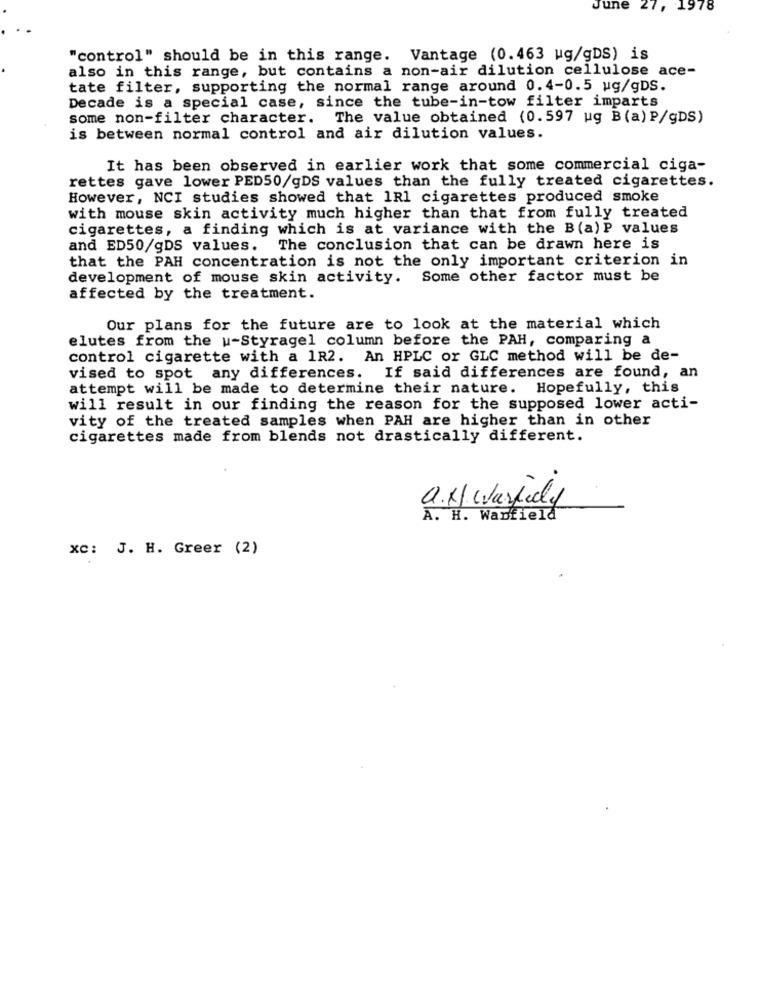
June
27, 1978
"control" should be in this range. Vantage (0.463 ug/gDS) is
also in this range, but contains a non-air dilution cellulose ace-
tate filter, supporting the normal range around 0.4-0.5 ug/gDS.
Decade is a special case, since the tube-in-tow filter imparts
some non-filter character. The value obtained (0.597 ug B(a) P/gDS)
is between normal control and air dilution values.
It has been observed in earlier work that some commercial ciga-
rettes gave lower PED50/gDS values than the fully treated cigarettes.
However, NCI studies showed that 1Rl cigarettes produced smoke
with mouse skin activity much higher than that from fully treated
cigarettes, a finding which is at variance with the B(a) P values
and ED50/gDS values. The conclusion that can be drawn here is
that the PAH concentration is not the only important criterion in
development of mouse skin activity. Some other factor must be
affected by the treatment.
Our plans for the future are to look at the material which
elutes from the u-Styragel column before the PAH, comparing a
control cigarette with a 1R2. An HPLC or GLC method will be de-
vised to spot any differences. If said differences are found, an
attempt will be made to determine their nature. Hopefully, this
will result in our finding the reason for the supposed lower acti-
vity of the treated samples when PAH are higher than in other
cigarettes made from blends not drastically different.
a.H. Warfidy
A. H. Wanfield
xc: J. H. Greer (2)